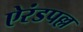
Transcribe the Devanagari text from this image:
ऐरंडपल्ल